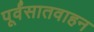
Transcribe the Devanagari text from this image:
पूर्वंसातवाहन